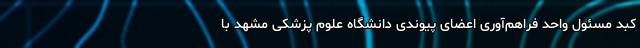
کبد مسئول واحد فراهم‌آوری اعضای پیوندی دانشگاه علوم پزشکی مشهد با